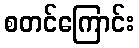
စတင်ကြောင်း